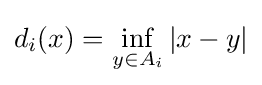
d_{i}(x)=\inf _{y\in A_{i}}|x-y|